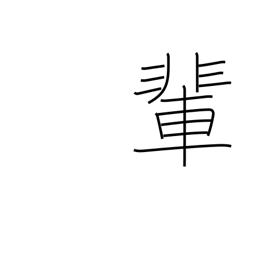
Meaning: companions